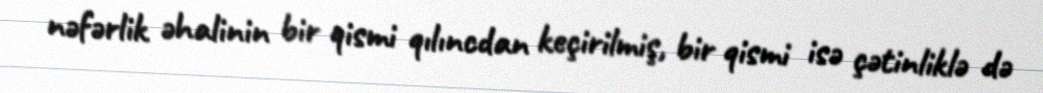
nəfərlik əhalinin bir qismi qılıncdan keçirilmiş, bir qismi isə çətinliklə də